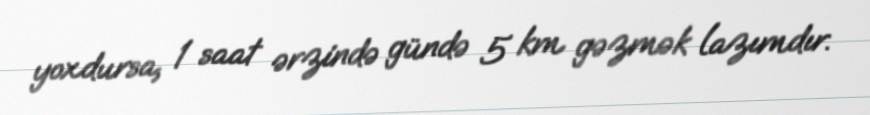
yoxdursa, 1 saat ərzində gündə 5 km gəzmək lazımdır.